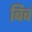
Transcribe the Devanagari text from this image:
बिबं